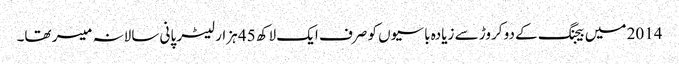
2014 میں بیجنگ کے دو کروڑ سے زیادہ باسیوں کو صرف ایک لاکھ 45 ہزار لیٹر پانی سالانہ میسر تھا۔